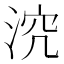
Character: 𣵆